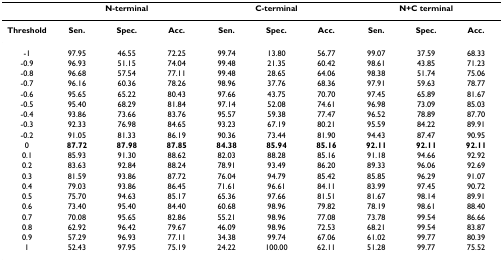
<table><thead><tr><td></td><td colspan="3"><b>N-terminal</b></td><td colspan="3"><b>C-terminal</b></td><td colspan="3"><b>N+C terminal</b></td></tr></thead><tbody><tr><td><b>Threshold</b></td><td><b>Sen.</b></td><td><b>Spec.</b></td><td><b>Acc.</b></td><td><b>Sen.</b></td><td><b>Spec.</b></td><td><b>Acc.</b></td><td><b>Sen.</b></td><td><b>Spec.</b></td><td><b>Acc.</b></td></tr><tr><td>-1</td><td>97.95</td><td>46.55</td><td>72.25</td><td>99.74</td><td>13.80</td><td>56.77</td><td>99.07</td><td>37.59</td><td>68.33</td></tr><tr><td>-0.9</td><td>96.93</td><td>51.15</td><td>74.04</td><td>99.48</td><td>21.35</td><td>60.42</td><td>98.61</td><td>43.85</td><td>71.23</td></tr><tr><td>-0.8</td><td>96.68</td><td>57.54</td><td>77.11</td><td>99.48</td><td>28.65</td><td>64.06</td><td>98.38</td><td>51.74</td><td>75.06</td></tr><tr><td>-0.7</td><td>96.16</td><td>60.36</td><td>78.26</td><td>98.96</td><td>37.76</td><td>68.36</td><td>97.91</td><td>59.63</td><td>78.77</td></tr><tr><td>-0.6</td><td>95.65</td><td>65.22</td><td>80.43</td><td>97.66</td><td>43.75</td><td>70.70</td><td>97.45</td><td>65.89</td><td>81.67</td></tr><tr><td>-0.5</td><td>95.40</td><td>68.29</td><td>81.84</td><td>97.14</td><td>52.08</td><td>74.61</td><td>96.98</td><td>73.09</td><td>85.03</td></tr><tr><td>-0.4</td><td>93.86</td><td>73.66</td><td>83.76</td><td>95.57</td><td>59.38</td><td>77.47</td><td>96.52</td><td>78.89</td><td>87.70</td></tr><tr><td>-0.3</td><td>92.33</td><td>76.98</td><td>84.65</td><td>93.23</td><td>67.19</td><td>80.21</td><td>95.59</td><td>84.22</td><td>89.91</td></tr><tr><td>-0.2</td><td>91.05</td><td>81.33</td><td>86.19</td><td>90.36</td><td>73.44</td><td>81.90</td><td>94.43</td><td>87.47</td><td>90.95</td></tr><tr><td>0</td><td><b>87.72</b></td><td><b>87.98</b></td><td><b>87.85</b></td><td><b>84.38</b></td><td><b>85.94</b></td><td><b>85.16</b></td><td><b>92.11</b></td><td><b>92.11</b></td><td><b>92.11</b></td></tr><tr><td>0.1</td><td>85.93</td><td>91.30</td><td>88.62</td><td>82.03</td><td>88.28</td><td>85.16</td><td>91.18</td><td>94.66</td><td>92.92</td></tr><tr><td>0.2</td><td>83.63</td><td>92.84</td><td>88.24</td><td>78.91</td><td>93.49</td><td>86.20</td><td>89.33</td><td>96.06</td><td>92.69</td></tr><tr><td>0.3</td><td>81.59</td><td>93.86</td><td>87.72</td><td>76.04</td><td>94.79</td><td>85.42</td><td>85.85</td><td>96.29</td><td>91.07</td></tr><tr><td>0.4</td><td>79.03</td><td>93.86</td><td>86.45</td><td>71.61</td><td>96.61</td><td>84.11</td><td>83.99</td><td>97.45</td><td>90.72</td></tr><tr><td>0.5</td><td>75.70</td><td>94.63</td><td>85.17</td><td>65.36</td><td>97.66</td><td>81.51</td><td>81.67</td><td>98.14</td><td>89.91</td></tr><tr><td>0.6</td><td>73.40</td><td>95.40</td><td>84.40</td><td>60.68</td><td>98.96</td><td>79.82</td><td>78.19</td><td>98.61</td><td>88.40</td></tr><tr><td>0.7</td><td>70.08</td><td>95.65</td><td>82.86</td><td>55.21</td><td>98.96</td><td>77.08</td><td>73.78</td><td>99.54</td><td>86.66</td></tr><tr><td>0.8</td><td>62.92</td><td>96.42</td><td>79.67</td><td>46.09</td><td>98.96</td><td>72.53</td><td>68.21</td><td>99.54</td><td>83.87</td></tr><tr><td>0.9</td><td>57.29</td><td>96.93</td><td>77.11</td><td>34.38</td><td>99.74</td><td>67.06</td><td>61.02</td><td>99.77</td><td>80.39</td></tr><tr><td>1</td><td>52.43</td><td>97.95</td><td>75.19</td><td>24.22</td><td>100.00</td><td>62.11</td><td>51.28</td><td>99.77</td><td>75.52</td></tr></tbody></table>